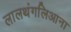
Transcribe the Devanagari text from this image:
लालथंगलिआना